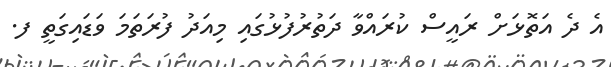
އެ ދެ އަތޮޅަށް ރައީސް ކުރައްވާ ދަތުރުފުޅުގައި މިއަދު ފުރަތަމަ ވަޑައިގަތީ ފ.